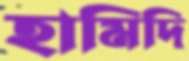
হামিদি